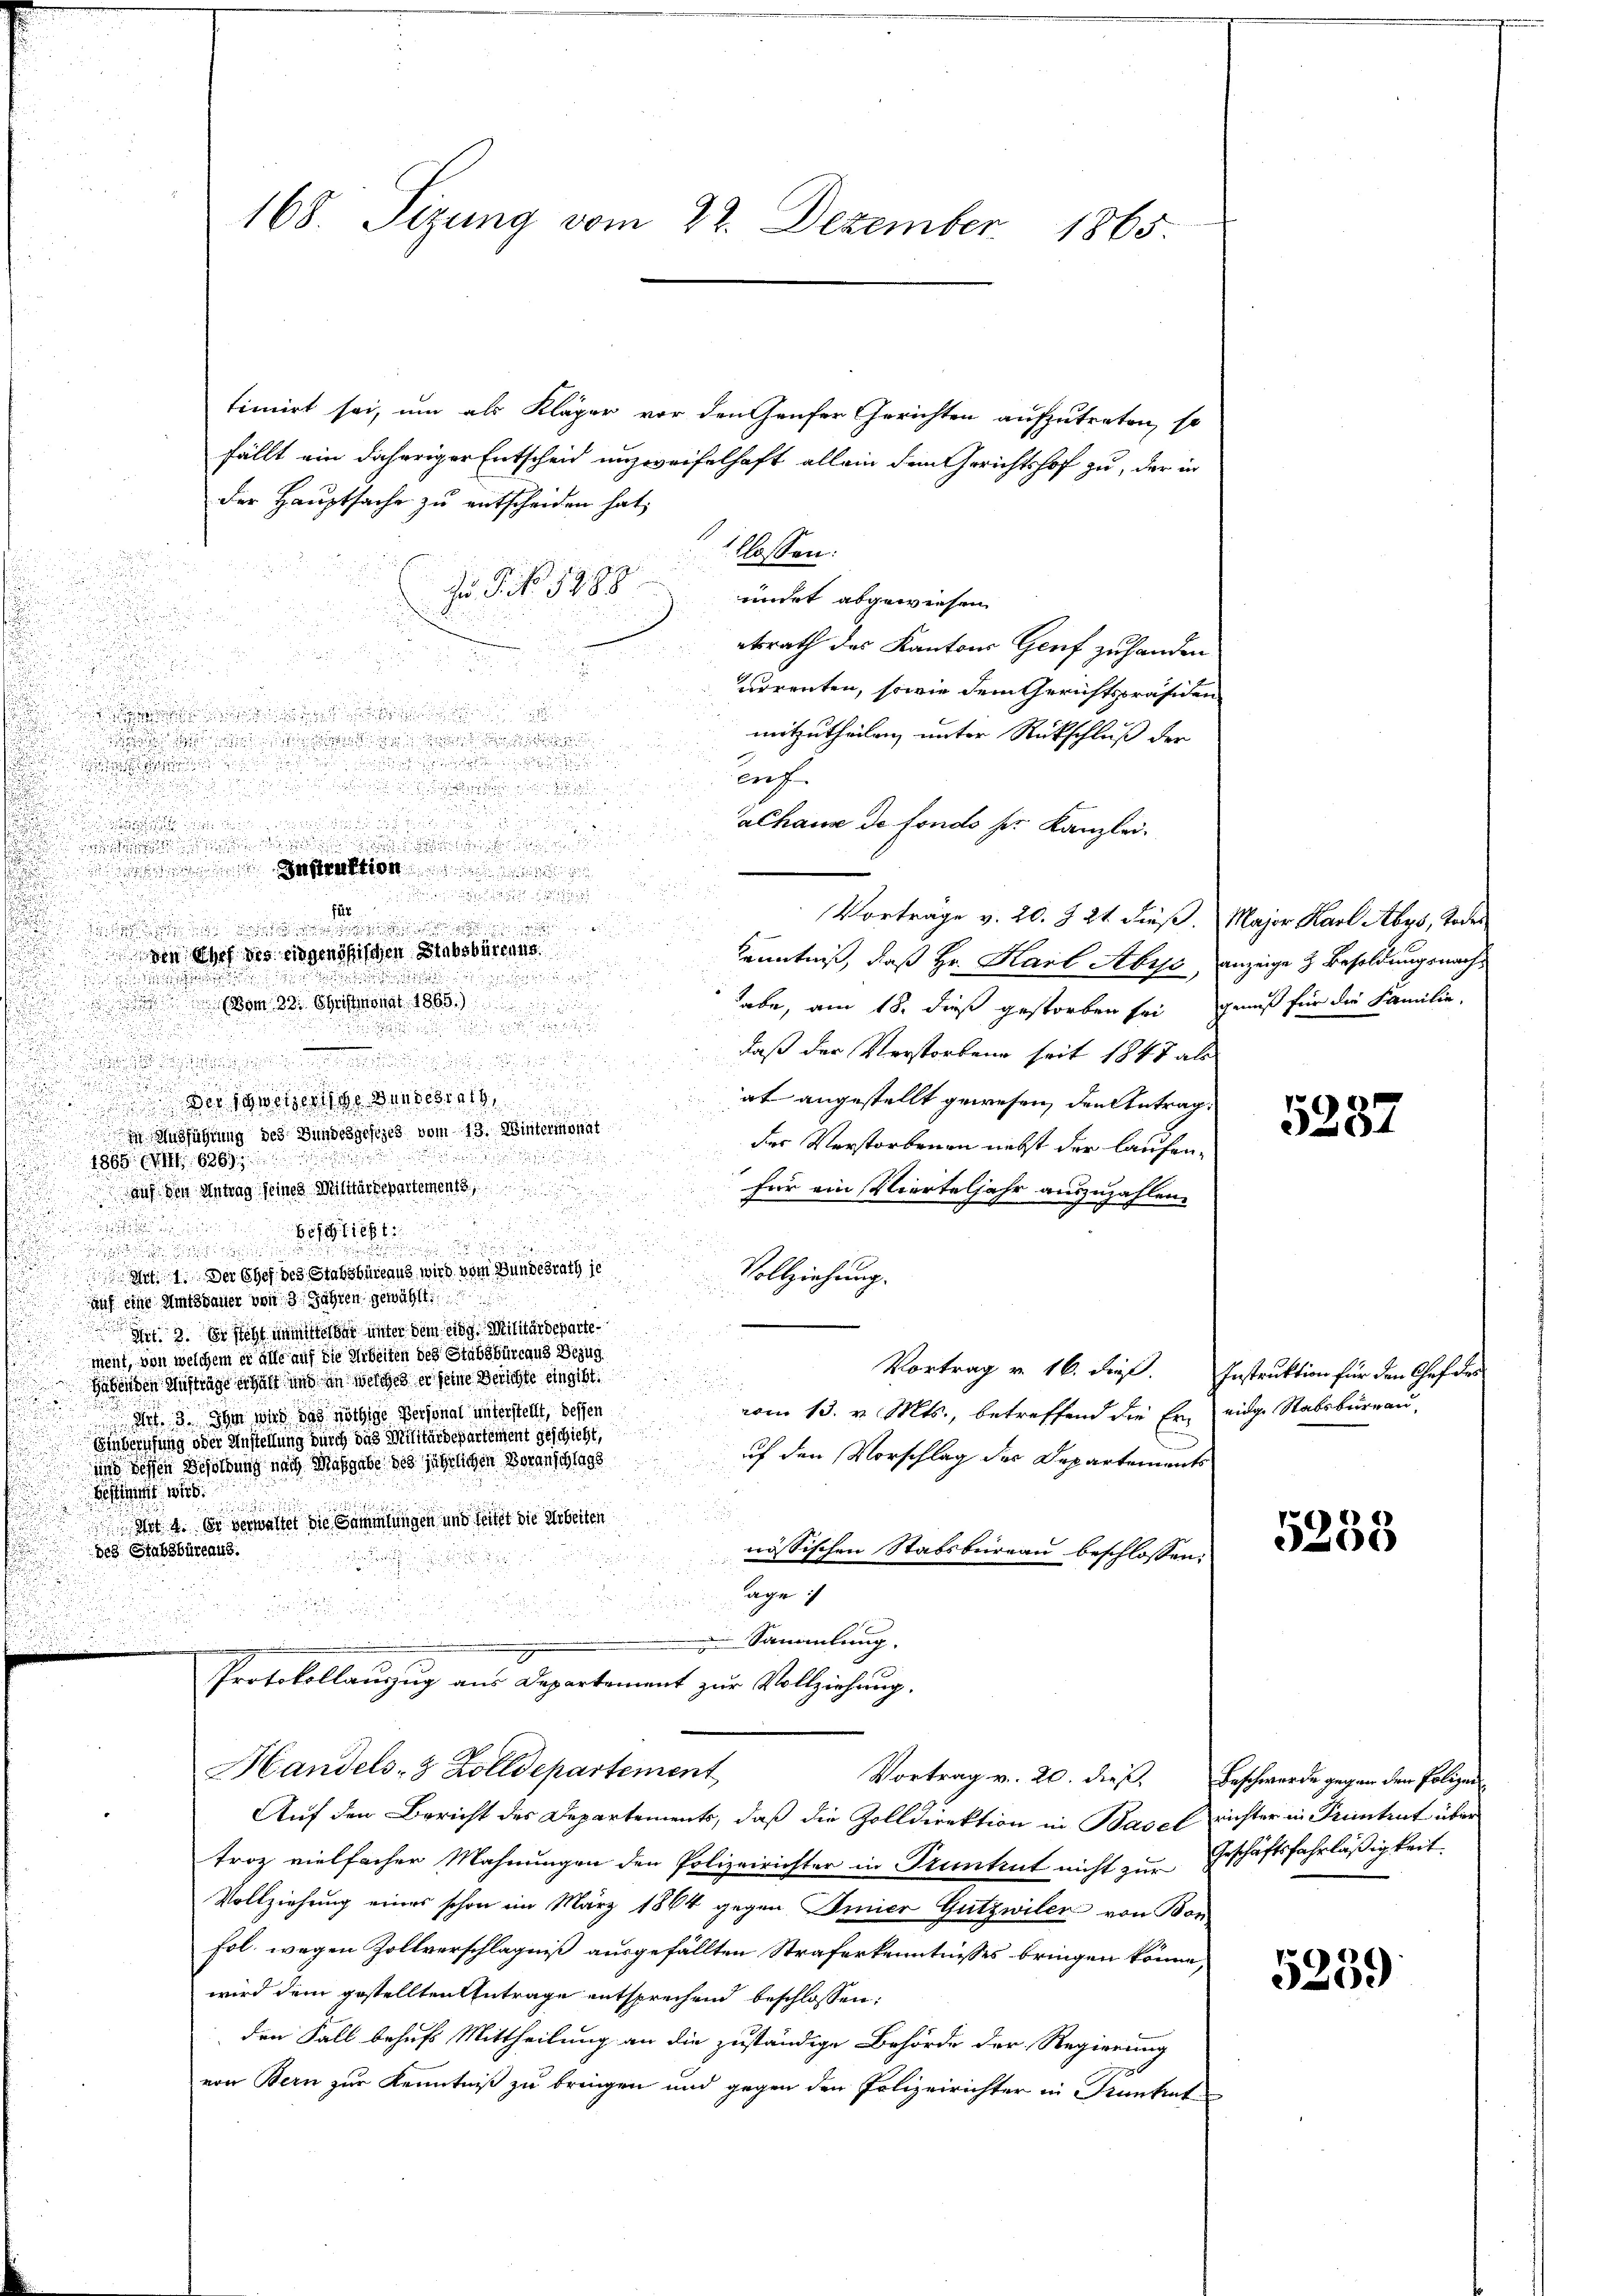
timirt sei, um als Kläger vor den Hauser Gerichten aufzutreten, so
fällt ein daheriger Entscheid unzweifelhaft allein dem Gerichtshof zu, der in
der Hauptsache zu entscheiden hat,

flossen:
J. P. Nr. 1788.
endet abgewiesen

etrath des Kantons Genf zu handen
.
urrenten, sowie dem Gerichtspräsiden
u

u
mitzutheilen, unter Rückschluß der

auf

e

alhaus de fonds ser Kanzlei.
d
e
att

.
für
Vorträge v. 20. Z. 21. dieß. Major Karl Abys, Todes

.
 in des des eidgenößischen Stabsburgung.
Kenntniß, daß Hr. Karl Abris, anzeige & Besoldungsnach¬

(Vom 28. Christmonat 1865.)

.
habe, am 18. dieß gestorben sei, genuß für die Familie.
u
d
daß der Verstorbene seit 1848 als

sessen sie es sie sehen, es sie sie es seine
u
u

u
at angestellt gewesen, den Antrag:

 Ausführung des Bundesgesezes vom 13. Wintermonat
der Verstorbenen nebst der laufen¬
u

d
1888. IV 6869
 auf den Antrag seines Militärdepartements
für ein Vierteljahr auszuzahlen.
u
u

Beschlicht

 Art. 1. Der Chef des Stabsbüreaus wird vom Bundesrath je
.
Vollziehung.
auf eine Amtsfaller von 3 Jahren gewählt.
3. So steht unmittelbar unter dem eine Militärdepartement, von welchem er alle auf die Arbeiten des Stabsbureaus Bezug

Vortrag v. 16. dieß. Instruktion für den Chef des
Gabenden Aufträge erhält und in welches er seine Berichte eingibt.
d
vom 13. v. Mts., betreffend die Er eidge Stabsburgau,
Art. 3. Ihm wird das nöthige Personal unterstellt, dessen
Einberufung oder Anstellung durch das Militärdepartement geschieht,
uf den Vorschlag des Departements
und dessen Besoldung nach Maßgabe des jährlichen Voranschlags
e w
 Mit 4. So verwalter die Sammlungen und seitet die Arbeiten
des Stabsbüreaus.
nössischen Stabsbureau beschlossen:
h
.
age:

u
 Sammlung.
Protokollanzug aus Departement zur Vollziehung.
Handels- & Zolldepartement
Vortrag v. 20. dieß, Beschwerde gegen den Polizei
Auf den Bericht des Departements, daß die Zolldirektion in Basel richter in Pruntrut über
troz vielfacher Mahnungen den Polizeirichter in Pruntrut nicht zur Geschäftsfahrläßigkeit
Vollziehung eines schon im März 1864 gegen Immier Gützwiler von Bon
Fol. wegen Zollverschlagniß ausgefällten Straferkenntnisses bringen könne,
wird dem gestellten Antrage entsprechend beschlossen:
den Fall behufs Mittheilung an die zuständige Behörde der Regierung
von Bern zur Kenntniß zu bringen und gegen den Polizeirichter in Guntat

168. Sizung vom 22. Dezember 1865.

Der Schweizertige Gundesrath,

5287

5233

5239